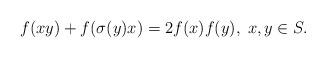
LaTeX: \begin{align*}f(xy)+f(\sigma(y)x)=2f(x)f(y),\;x,y\in S.\end{align*}